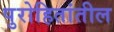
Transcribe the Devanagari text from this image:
पुरोहितांतील